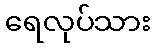
ရေလုပ်သား